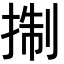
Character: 𢮓